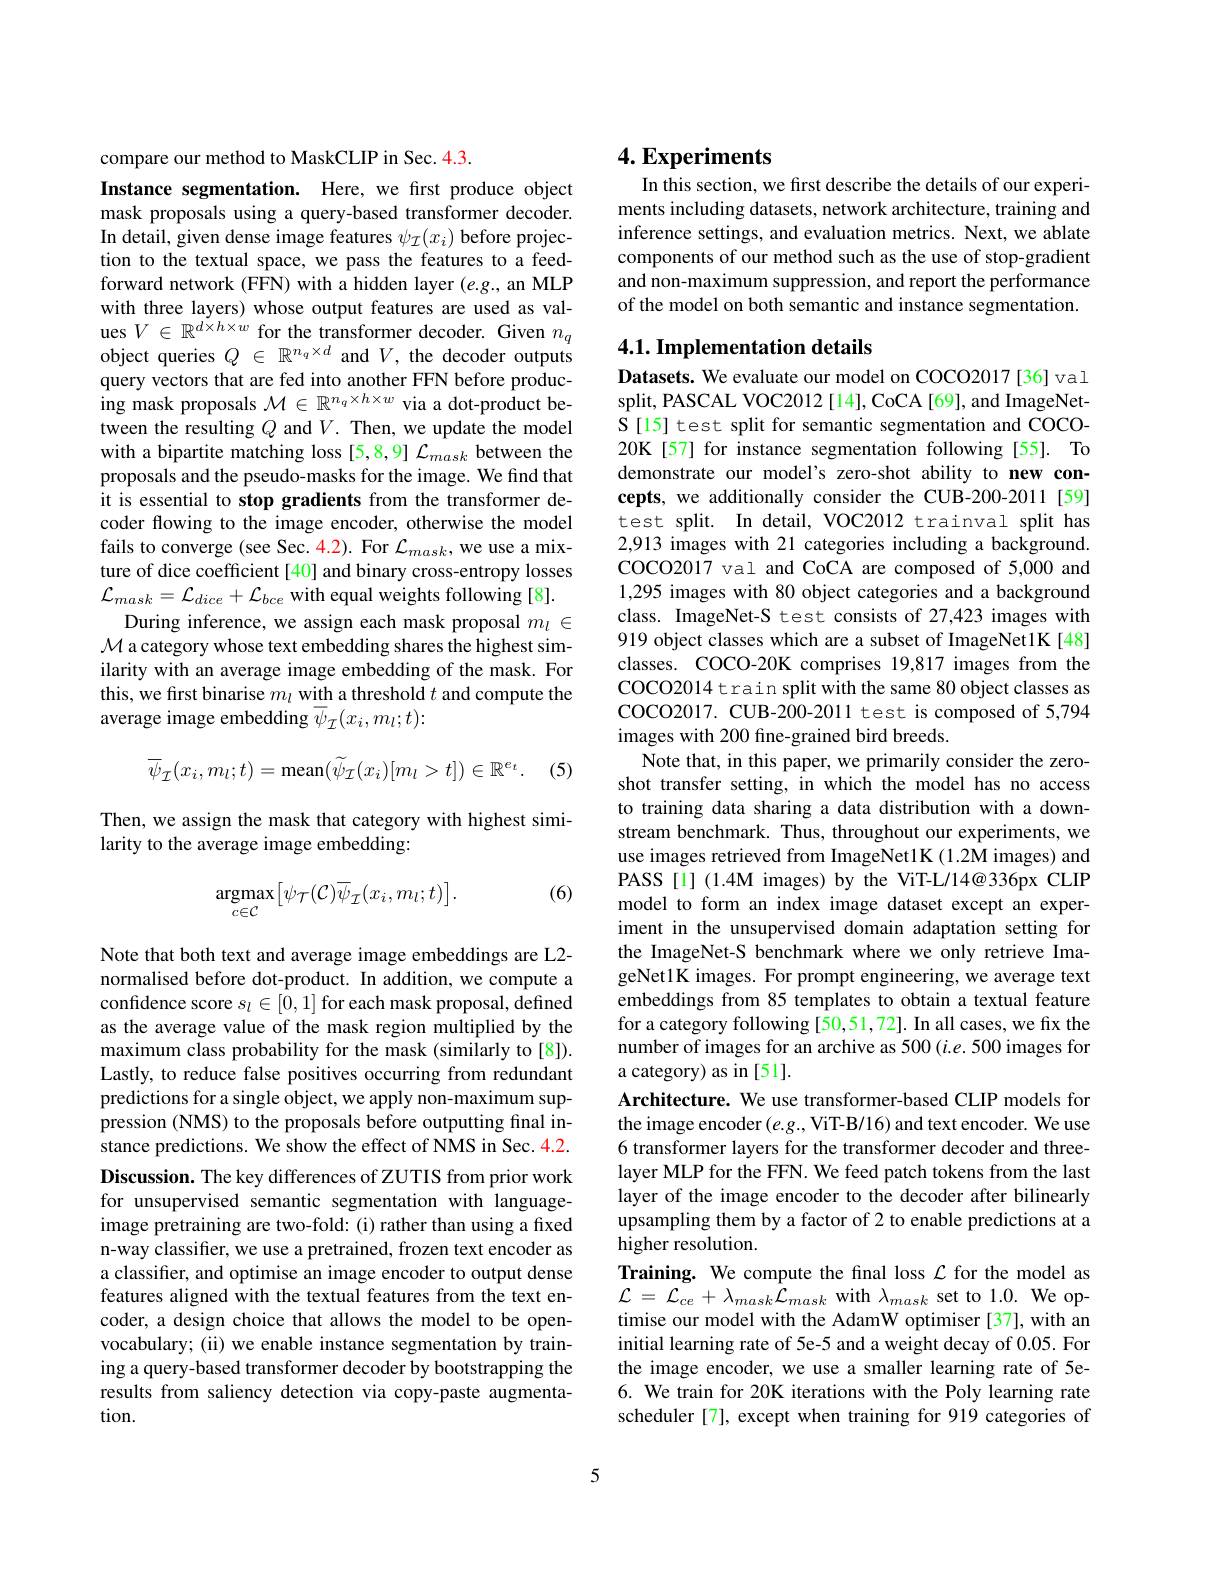
compare our method to MaskCLIP in Sec. 4.3.
Instance segmentation. Here, we first produce object mask proposals using a query-based transformer decoder. In detail, given dense image features $\psi_\mathcal{I}(x_i)$ before projection to the textual space, we pass the features to a feedforward network (FFN) with a hidden layer (e.g., an MLP with three layers) whose output features are used as values $V\in\mathbb{R}^{d\times h\times w}$ for the transformer decoder. Given $n_q$ object queries $Q$ $\in$ $\mathbb{R} ^{n_q\times d}$ and $V$, the decoder outputs query vectors that are fed into another FFN before producing mask proposals $\mathcal{M}\in\mathbb{R}^{n_q\times h\times w}$ via a dot-product between the resulting $Q$ and $V.$ Then, we update the model with a bipartite matching loss [5,8,9] $\mathcal{L}_mask$ between the proposals and the pseudo-masks for the image. We find that it is essential to stop gradients from the transformer decoder flowing to the image encoder, otherwise the model fails to converge (see Sec. 4.2). For $\mathcal{L}_mask$, we use a mixture of dice coefficient [40] and binary cross-entropy losses $\mathcal{L}_{mask}=\mathcal{L}_{dice}+\mathcal{L}_{bce}$ with equal weights following [8].
During inference, we assign each mask proposal $m_l\in$ $\mathcal{M}$ a category whose text embedding shares the highest similarity with an average image embedding of the mask. For this, we first binarise $m_l$ with a threshold $t$ and compute the average image embedding $\overline{\psi}_{\mathcal{I}}(x_i,m_l;t):$
$$\overline{\psi}_{\mathcal{I}}(x_{i},m_{l};t)=\mathrm{mean}(\widetilde{\psi}_{\mathcal{I}}(x_{i})[m_{l}>t])\in\mathbb{R}^{e_{t}}.$$
(5)

Then, we assign the mask that category with highest simi-
larity to the average image embedding:
$$\mathop{\mathrm{argmax}}_{c\in\mathcal{C}}\bigl[\psi_{\mathcal{T}}(\mathcal{C})\overline{\psi}_{\mathcal{I}}(x_{i},m_{l};t)\bigr].$$
(6)

Note that both text and average image embeddings are L2- normalised before dot-product. In addition, we compute a confidence score $s_l\in[0,1]$ for each mask proposal, defined as the average value of the mask region multiplied by the maximum class probability for the mask (similarly to [8]). Lastly, to reduce false positives occurring from redundant predictions for a single object, we apply non-maximum suppression (NMS) to the proposals before outputting final instance predictions. We show the effect of NMS in Sec. 4.2. Discussion. The key differences of ZUTIS from prior work for unsupervised semantic segmentation with languageimage pretraining are two-fold: (i) rather than using a fixed n-way classifer, we use a pretrained, frozen text encoder as a classifier, and optimise an image encoder to output dense features aligned with the textual features from the text encoder, a design choice that allows the model to be openvocabulary; (ii) we enable instance segmentation by training a query-based transformer decoder by bootstrapping the results from saliency detection via copy-paste augmentation.

# 4. Experiments

In this section, we first describe the details of our experiments including datasets, network architecture, training and inference settings, and evaluation metrics. Next, we ablate components of our method such as the use of stop-gradient and non-maximum suppression, and report the performance of the model on both semantic and instance segmentation.

## 4.1. Implementation details

Datasets. We evaluate our model on COCO2017[36] val split, PASCAL VOC2012 [14], CoCA [69], and ImageNetS[15] test split for semantic segmentation and COCO- 20K[57] for instance segmentation following [55]. To demonstrate our model's zero-shot ability to new concepts, we additionally consider the CUB-200-2011[59] test split. In detail, VOC2012 trainval split has 2,913 images with 21 categories including a background. coco2017 val and CoCA are composed of 5,000 and 1,295 images with 80 object categories and a background class. ImageNet-S test consists of 27,423 images with 919 object classes which are a subset of ImageNet1K [48] classes. COCO-20K comprises 19,817 images from the COCO2014 train split with the same 80 object classes as COCO2017. CUB-200-2011 test is composed of 5,794 images with 200 fine-grained bird breeds.
Note that, in this paper, we primarily consider the zeroshot transfer setting, in which the model has no access to training data sharing a data distribution with a downstream benchmark. Thus, throughout our experiments, we use images retrieved from ImageNet1K (1.2M images) and PASS[1](1.4M images) by the ViT-L/14@336px CLIP model to form an index image dataset except an experiment in the unsupervised domain adaptation setting for the ImageNet-S benchmark where we only retrieve ImageNetlK images. For prompt engineering, we average text embeddings from 85 templates to obtain a textual feature for a category following [50,51,72]. In all cases, we fix the number of images for an archive as 500 (i.e. 500 images for a category) as in [51].
Architecture. We use transformer-based CLIP models for the image encoder $(e.g.$, ViT-B/16) and text encoder. We use 6 transformer layers for the transformer decoder and threelayer MLP for the FFN. We feed patch tokens from the last layer of the image encoder to the decoder after bilinearly upsampling them by a factor of 2 to enable predictions at a higher resolution.
Training. We compute the final loss $\mathcal{L}$ for the model as $\mathcal{L}=\mathcal{L}_{ce}+\lambda_{mask}\dot{\mathcal{L}}_{mask}$with$\lambda_mask$set to1.0.We optimise our model with the AdamW optimiser [37], with an initial learning rate of 5e-5 and a weight decay of 0.05. For the image encoder, we use a smaller learning rate of 5e- 6. We train for 20K iterations with the Poly learning rate scheduler [7], except when training for 919 categories of

5